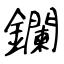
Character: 鑭